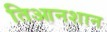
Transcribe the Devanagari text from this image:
तिआनशान